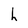
Character: h